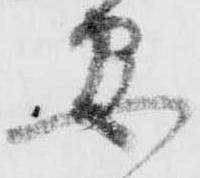
安